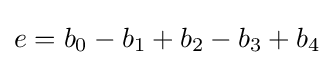
e=b_{0}-b_{1}+b_{2}-b_{3}+b_{4}